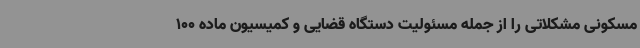
مسکونی مشکلاتی را از جمله مسئولیت دستگاه قضایی و کمیسیون ماده 100